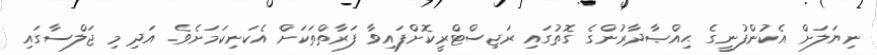
ނިޔަލަށް އެކުންފުނީގެ ޙިއްޞާދާރުންގެ ގޮތުގައި ރަޖިސްޓްރީކޮށްފައިވާ ފަރާތްތަކަށް އެކަނިކަމަށެވެ. އަދި މި ޖަލްސާގައި